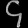
Digit: ၄